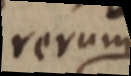
rerum